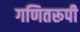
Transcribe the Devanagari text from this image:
गणितरूपी